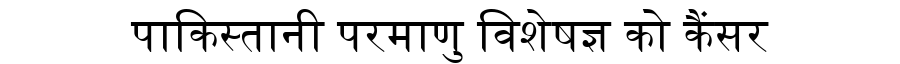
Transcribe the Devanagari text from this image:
पाकिस्तानी परमाणु विशेषज्ञ को कैंसर